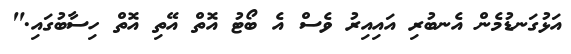
އަޅުގަނޑުމެން އެނބުރި އައިއިރު ވެސް އެ ބޯޓު އޮތް އޭތި އޮތް ހިސާބުގައި."